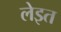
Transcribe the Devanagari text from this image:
लेइत